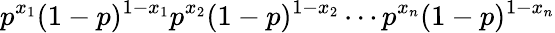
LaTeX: p^{x_{1}}(1-p)^{1-x_{1}}p^{x_{2}}(1-p)^{1-x_{2}}\cdots p^{x_{n}}(1-p)^{1-x_{n}}